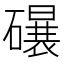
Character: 𱴸